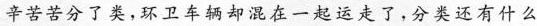
辛苦苦分了类，环卫车辆却混在一起运走了，分类还有什么